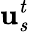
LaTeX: \mathit{\mathbf{u}_{s}^{t}}